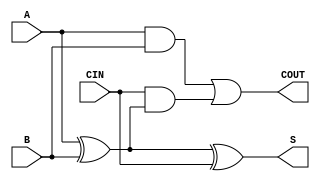
`timescale 1ns / 1ps
//////////////////////////////////////////////////////////////////////////////////
// Company: 
// Engineer: 
// 
// Design Name: 
// Module Name: one_bit_full_adder
// Project Name: 
// Target Devices: 
// Tool Versions: 
// Description: 
// 
// Dependencies: 
// 
// Revision:
// Revision 0.01 - File Created
// Additional Comments:
// 
//////////////////////////////////////////////////////////////////////////////////


module one_bit_full_adder(
    input A,
    input B,
    input CIN,
    output S,
    output COUT
    );
    
    assign S = A ^ B ^ CIN;
    assign COUT = (A & B) | (CIN & (A ^ B));
endmodule